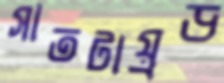
সাতটায়্রড